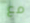
مع